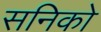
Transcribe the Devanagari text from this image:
सनिको